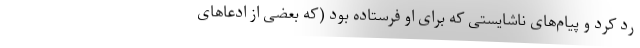
رد کرد و پیام‌های ناشایستی که برای او فرستاده بود (که بعضی از ادعاهای